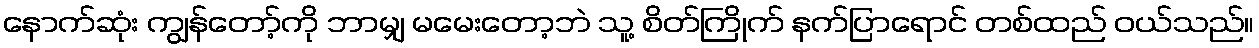
နောက်ဆုံး ကျွန်တော့်ကို ဘာမျှ မမေးတော့ဘဲ သူ့ စိတ်ကြိုက် နက်ပြာရောင် တစ်ထည် ဝယ်သည်။